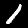
Label: 1